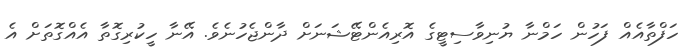
ހަފްތާއެއް ފަހުން ހަމްނާ ޔުނިވާސިޓީގެ އޮރިއެންޓޭޝަނަށް ދާންޖެހުނެވެ. އޭނާ ހީކުރިގޮތާ އެއްގޮތަށް އެ